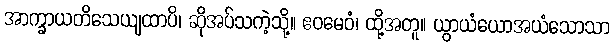
အာက္ခာယတိသေယျထာပိ၊ ဆိုအပ်သကဲ့သို့။ ဧဝမေဝံ၊ ထို့အတူ။ ယွာယံယောအယံသောသာ